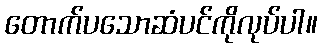
တောက်ပသောဆံပင်ကိုလုပ်ပါ။